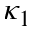
\kappa _ { 1 }